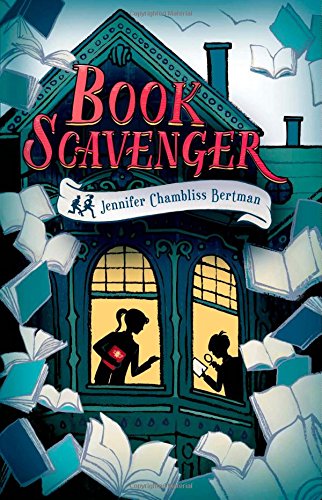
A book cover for Book Scavenger; Jennifer Chambliss Bertman; Children's Books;